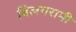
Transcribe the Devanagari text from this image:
बिलगरामी